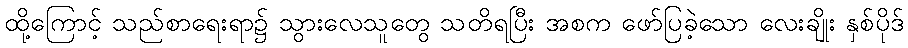
ထို့ကြောင့် သည်စာရေးရာ၌ သွားလေသူတွေ သတိရပြီး အစက ဖော်ပြခဲ့သော လေးချိုး နှစ်ပိုဒ်